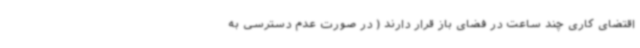
اقتضای کاری چند ساعت در فضای باز قرار دارند ( در صورت عدم دسترسی به